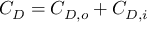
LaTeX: C _ { D } = C _ { D , o } + C _ { D , i }